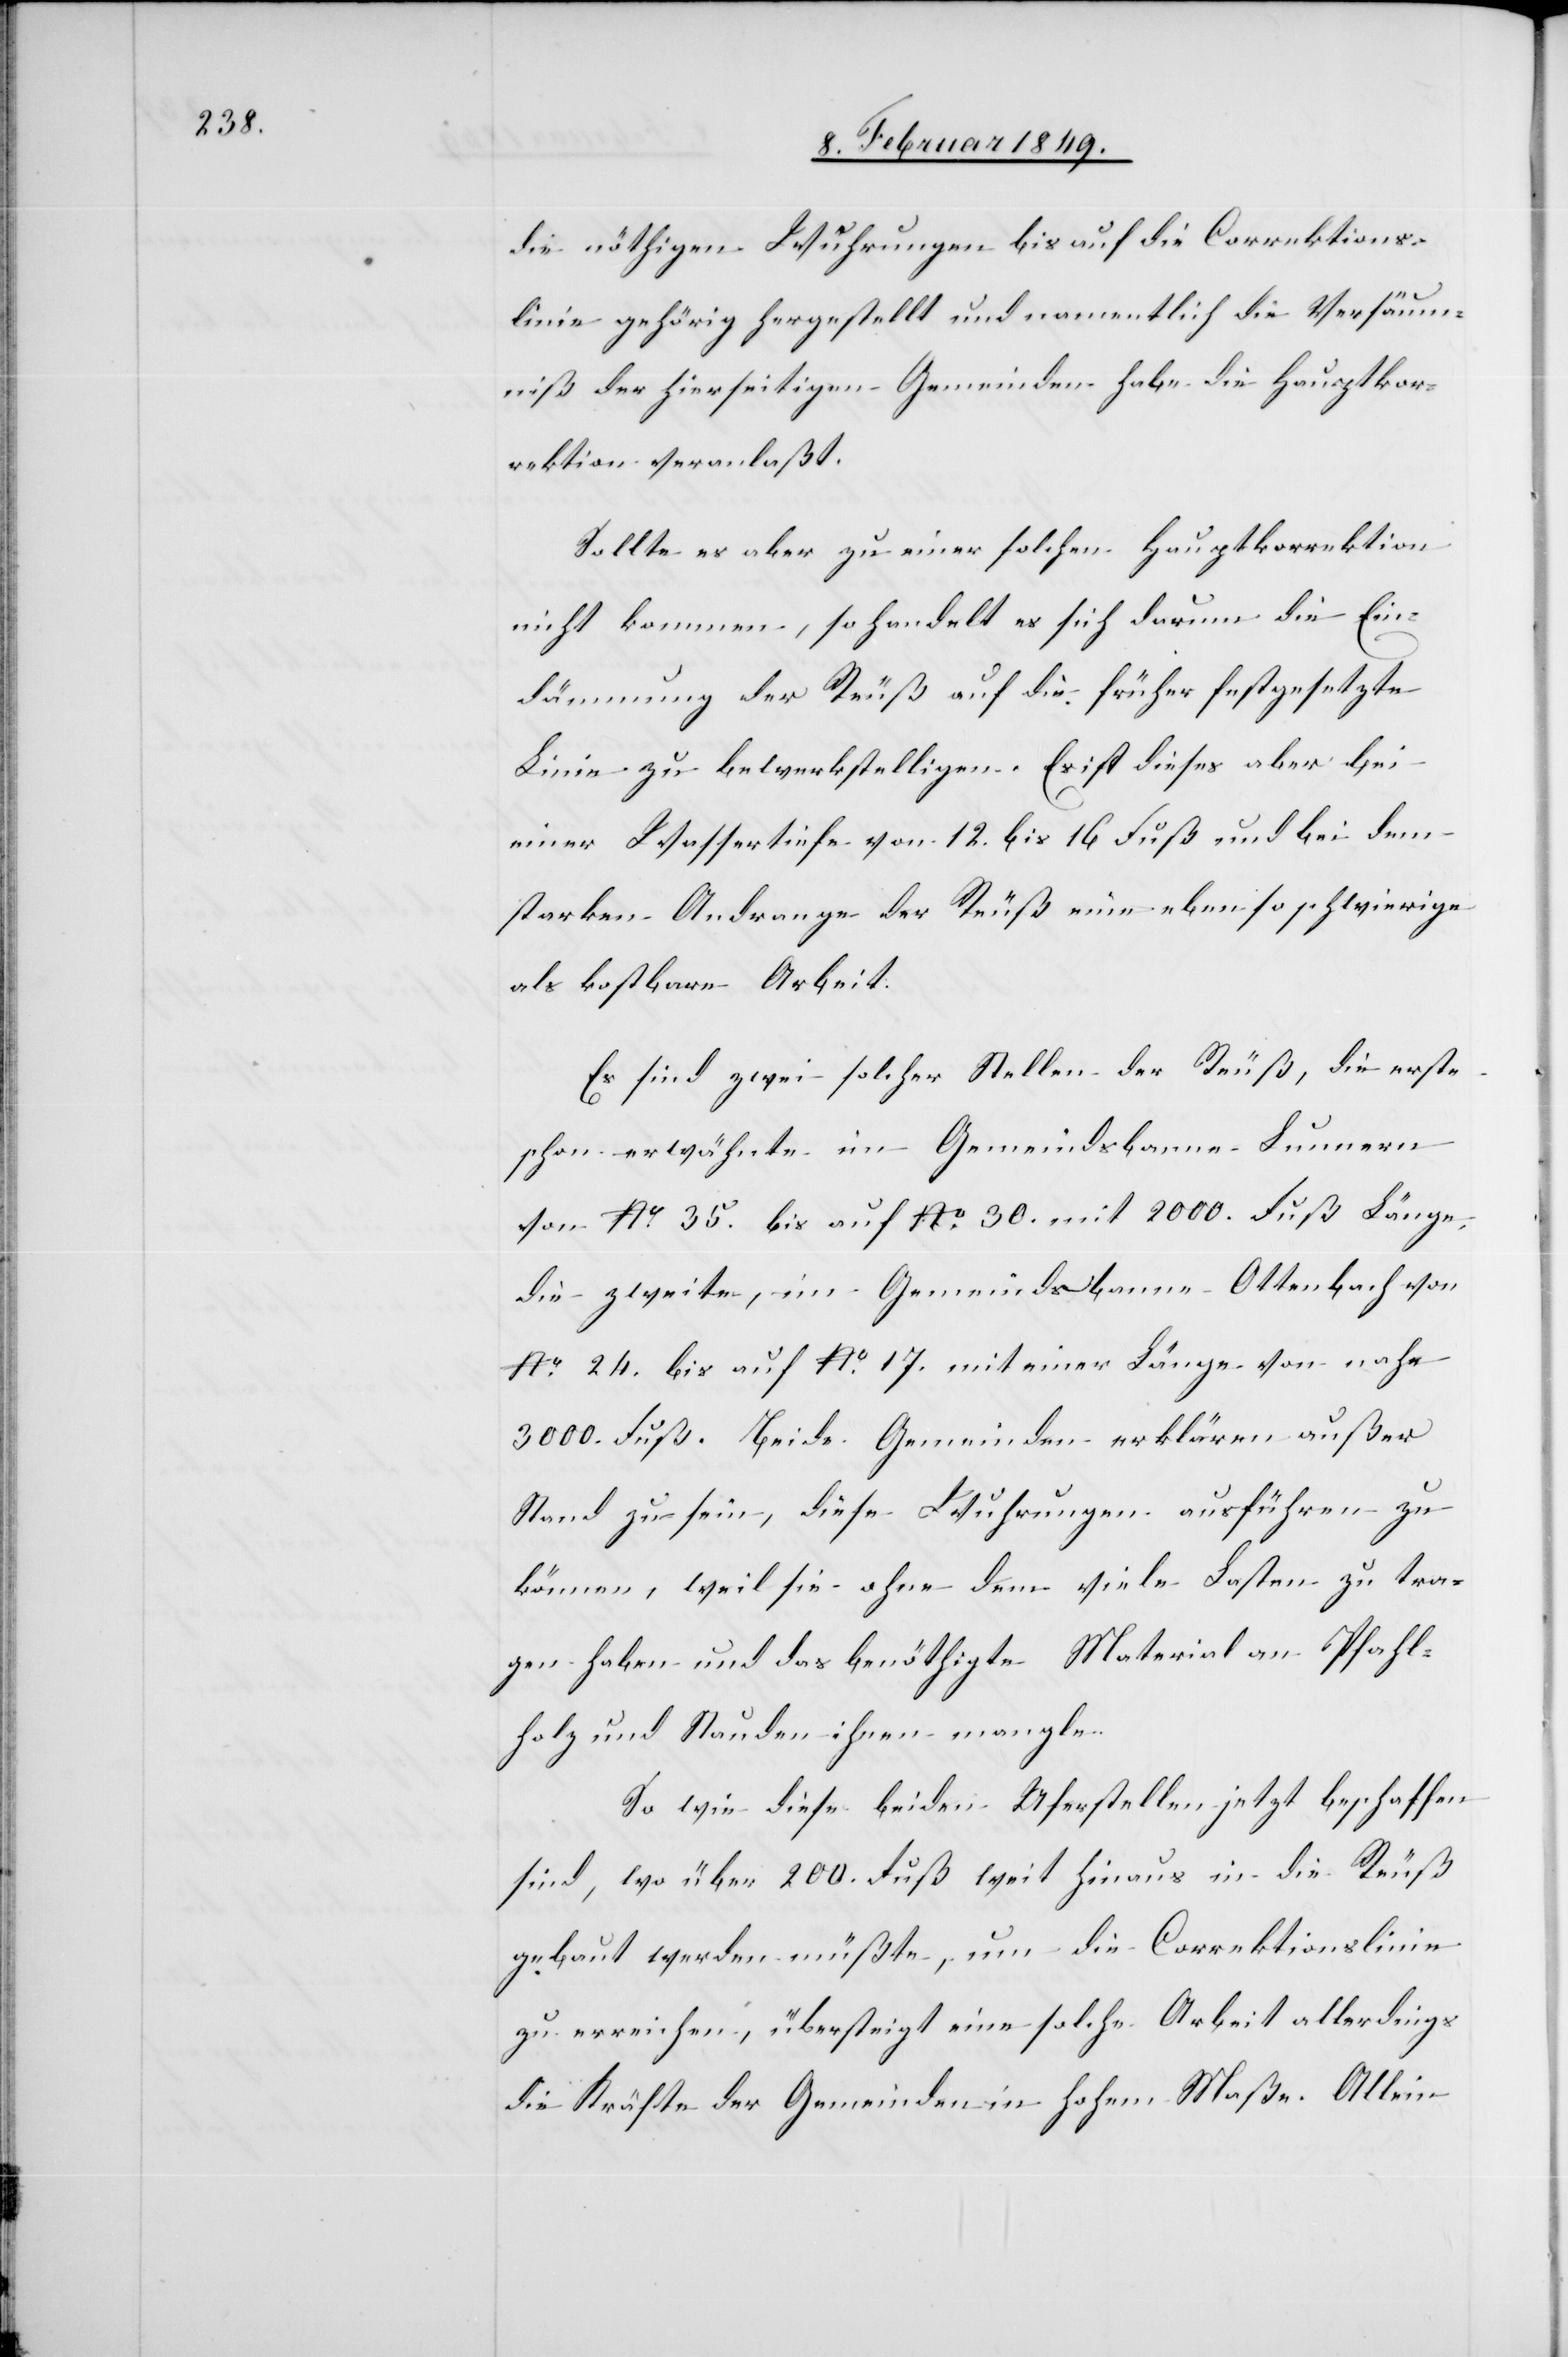
die nöthigen Wuhrungen bis auf die Correktions¬
linie gehörig hergestellt und namentlich die Versäum¬
niß der hierseitigen Gemeinden habe die Hauptkor¬
rektion veranlaßt.
Sollte es aber zu einer solchen Hauptkorrektion
nicht kommen, so handelt es sich darum die Ein¬
dämmung der Reuß auf die früher festgesetzte
Linie zu bewerkstelligen. Es ist dieses aber bei
einer Wassertiefe von 12. bis 16 Fuß und bei dem
starken Andrange der Reuß eine ebenso schwierige
als kostbare Arbeit.
Es sind zwei solcher Stellen der Reuß, die erste
schon erwähnte im Gemeindsbanne Lunnern
von No. 35. bis auf No. 30. mit 2000. Fuß Länge,
die zweite, im Gemeindsbanne Ottenbach von
No. 24. bis auf No. 17. mit einer Länge von nahe
3000. Fuß. Beide Gemeinden erklären außer
Stand zu sein, diese Wuhrungen ausführen zu
können, weil sie ohne dem viele Lasten zu tra¬
gen haben und das benöthigte Material an Pfahl¬
holz und Stauden ihnen mangle.
So wie diese beiden Uferstellen jetzt beschaffen
sind, wo über 200. Fuß weit hinaus in die Reuß
gebaut werden müßte, um die Correktionslinie
zu erreichen, übersteigt eine solche Arbeit allerdings
die Kräfte der Gemeinden in hohem Maße. Allein